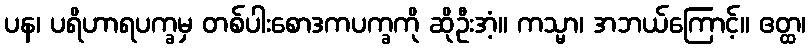
ပန၊ ပရိဟာရပက္ခမှ တစ်ပါးစောဒကပက္ခကို ဆိုဦးအံ့။ ကသ္မာ၊ အဘယ်ကြောင့်။ ဧတ္ထ၊